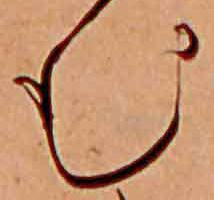
む